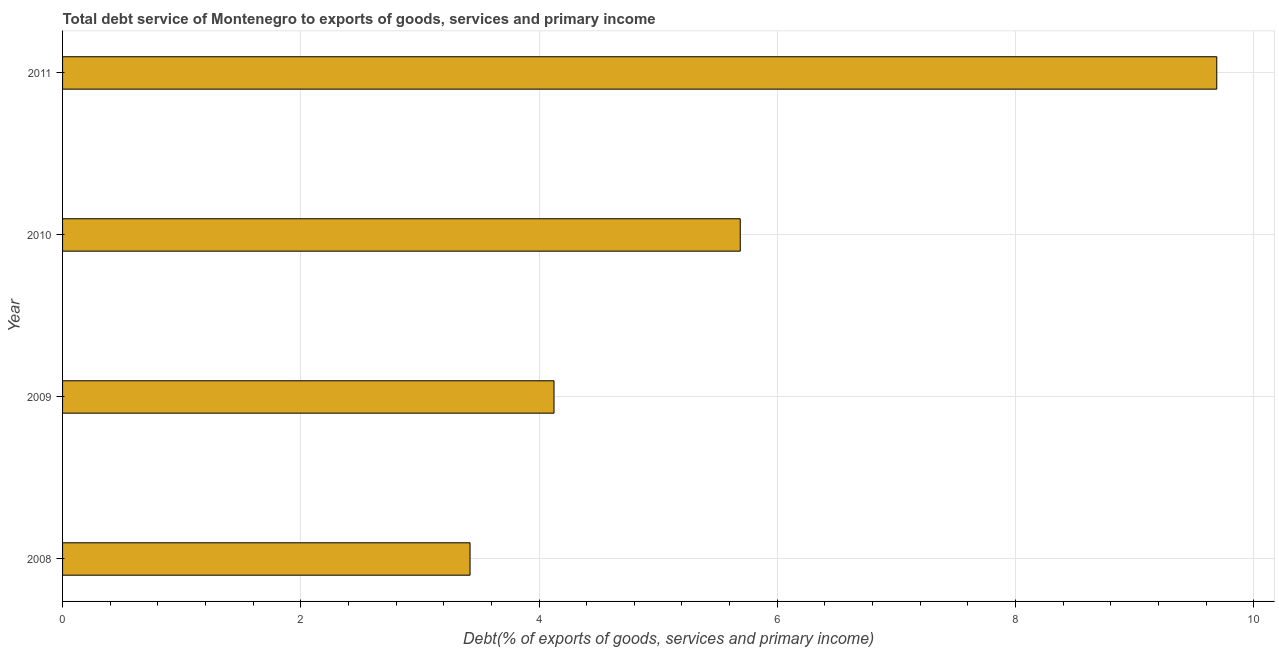
| Year | Total debt service |
 | --- | --- |
 | 2008 | 3.42 |
 | 2009 | 4.13 |
 | 2010 | 5.69 |
 | 2011 | 9.69 |